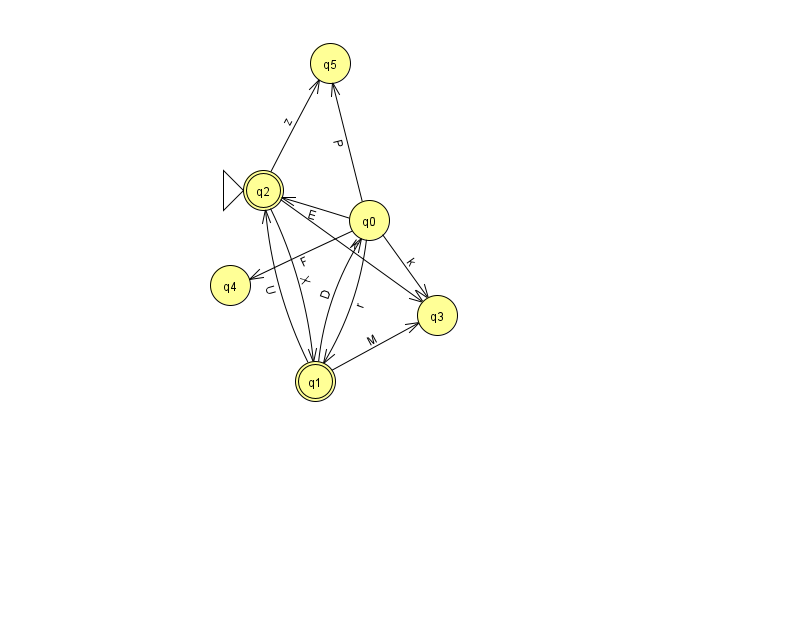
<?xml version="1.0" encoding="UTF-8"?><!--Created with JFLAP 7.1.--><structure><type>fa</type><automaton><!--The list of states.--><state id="0" name="q0"><x>369.0</x><y>207.0</y></state><state id="1" name="q1"><x>315.0</x><y>368.0</y><final/></state><state id="2" name="q2"><x>263.0</x><y>177.0</y><initial/><final/></state><state id="3" name="q3"><x>437.0</x><y>302.0</y></state><state id="4" name="q4"><x>230.0</x><y>272.0</y></state><state id="5" name="q5"><x>330.0</x><y>50.0</y></state><!--The list of transitions.--><transition><from>0</from><to>2</to><read>E</read></transition><transition><from>0</from><to>3</to><read>k</read></transition><transition><from>2</from><to>5</to><read>z</read></transition><transition><from>2</from><to>1</to><read>X</read></transition><transition><from>2</from><to>3</to><read>k</read></transition><transition><from>0</from><to>4</to><read>F</read></transition><transition><from>1</from><to>2</to><read>U</read></transition><transition><from>0</from><to>1</to><read>r</read></transition><transition><from>0</from><to>5</to><read>P</read></transition><transition><from>1</from><to>0</to><read>D</read></transition><transition><from>1</from><to>3</to><read>M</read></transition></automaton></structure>